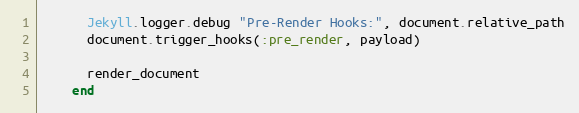
Language: Ruby
      Jekyll.logger.debug "Pre-Render Hooks:", document.relative_path
      document.trigger_hooks(:pre_render, payload)

      render_document
    end